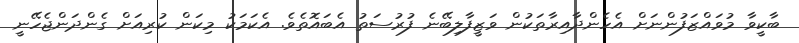
ބާކީވާ މުވައްޒަފުންނަށް އެހެންދާއިރާތަކުން ވަޒީފާލިބޭނެ ފުރުސަތު އެބައޮތެވެ. އެކަމަކު މިކަން ކުރިއަށް ގެންދަންޖެހޭނީ